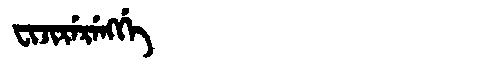
Manchu: ᠸᡳᠵᡳᡵᡝᡵᡝᠩᡤᡝ
Romanization: FIJIRERENGGE